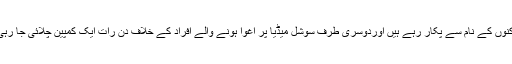
ایک طرف نیوز چینلز اور اخبارات ہیں جو اغوا شدگان کو بلاگرز اور سماجی کارکنوں کے نام سے پکار رہے ہیں اوردوسری طرف سوشل میڈیا پر اغوا ہونے والے افراد کے خلاف دن رات ایک کمپین چلائی جا رہی ہے جس میں ان افراد پر الزام لگایا جا رہا ہے کہ انہوں نے توہین رسالت کی ہے۔